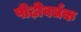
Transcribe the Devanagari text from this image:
पीढ़ीवर्धक